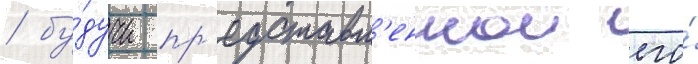
/ бу́дучи пр'едставл'еннои его́